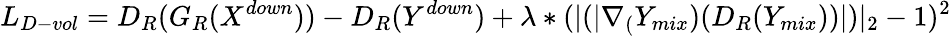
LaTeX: L_{D-vol}=D_{R}(G_{R}(X^{down}))-D_{R}(Y^{down})+\lambda*(|(|\nabla_{(}Y_{mix})(D_{R}(Y_{mix}))|)|_{2}-1)^{2}